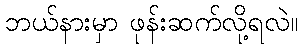
ဘယ်နားမှာ ဖုန်းဆက်လို့ရလဲ။